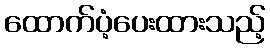
ထောက်ပံ့ပေးထားသည့်